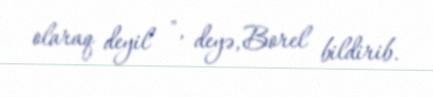
olaraq deyil ", deyə, Borel bildirib.